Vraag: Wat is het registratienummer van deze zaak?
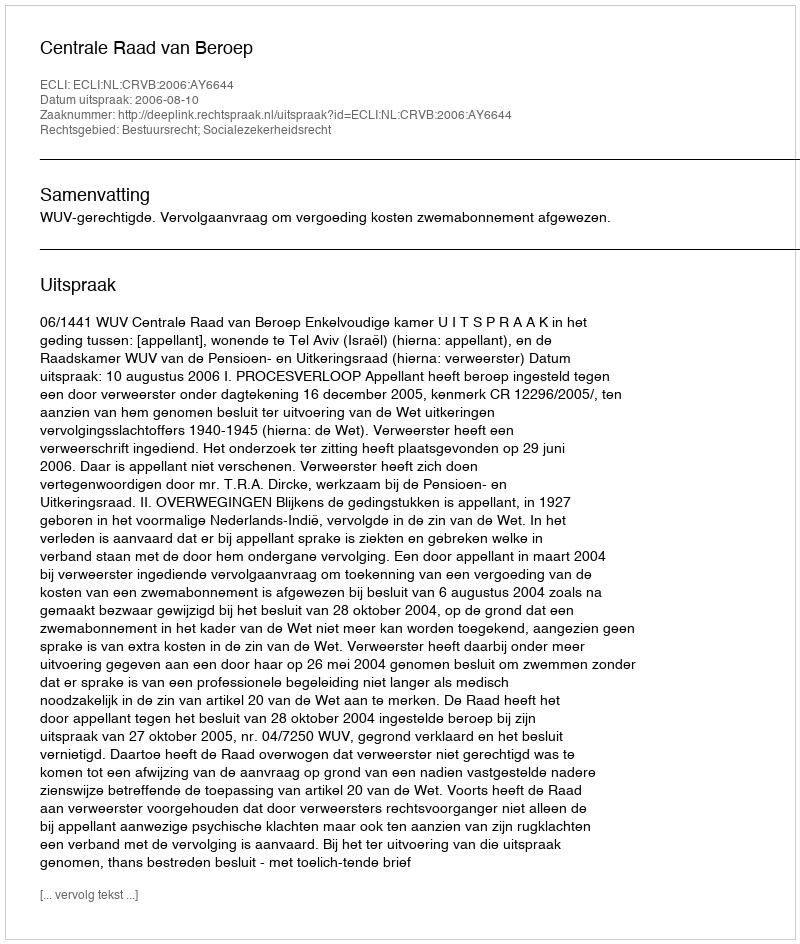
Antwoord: http://deeplink.rechtspraak.nl/uitspraak?id=ECLI:NL:CRVB:2006:AY6644